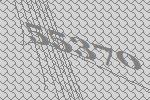
55370